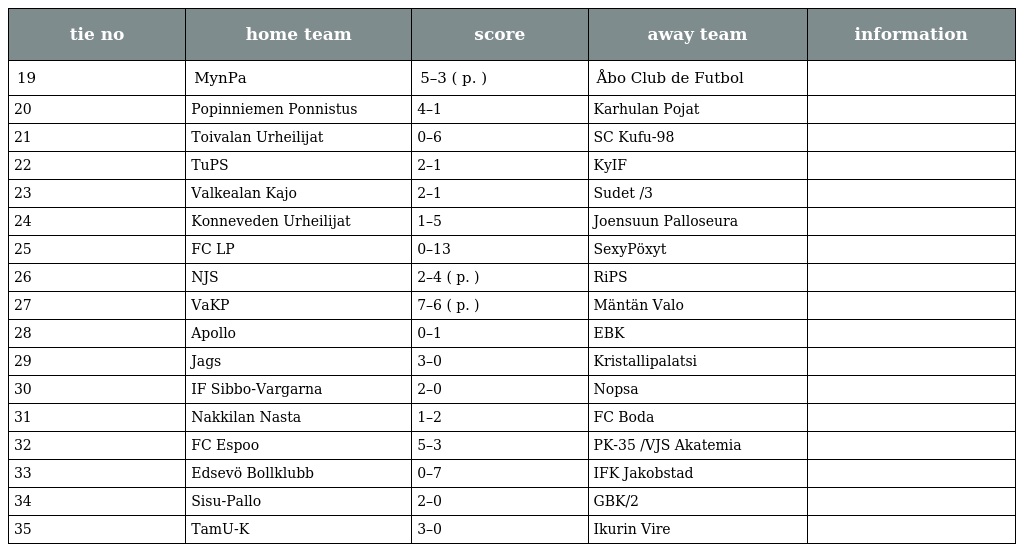
| tie no | home team | score | away team | information |
 | --- | --- | --- | --- | --- |
 | 19 | MynPa | 5–3 ( p. ) | Åbo Club de Futbol |  |
 | 20 | Popinniemen Ponnistus | 4–1 | Karhulan Pojat |  |
 | 21 | Toivalan Urheilijat | 0–6 | SC Kufu-98 |  |
 | 22 | TuPS | 2–1 | KyIF |  |
 | 23 | Valkealan Kajo | 2–1 | Sudet /3 |  |
 | 24 | Konneveden Urheilijat | 1–5 | Joensuun Palloseura |  |
 | 25 | FC LP | 0–13 | SexyPöxyt |  |
 | 26 | NJS | 2–4 ( p. ) | RiPS |  |
 | 27 | VaKP | 7–6 ( p. ) | Mäntän Valo |  |
 | 28 | Apollo | 0–1 | EBK |  |
 | 29 | Jags | 3–0 | Kristallipalatsi |  |
 | 30 | IF Sibbo-Vargarna | 2–0 | Nopsa |  |
 | 31 | Nakkilan Nasta | 1–2 | FC Boda |  |
 | 32 | FC Espoo | 5–3 | PK-35 /VJS Akatemia |  |
 | 33 | Edsevö Bollklubb | 0–7 | IFK Jakobstad |  |
 | 34 | Sisu-Pallo | 2–0 | GBK/2 |  |
 | 35 | TamU-K | 3–0 | Ikurin Vire |  |